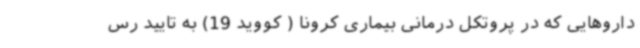
داروهایی که در پروتکل درمانی بیماری کرونا ( کووید 19) به تایید رس